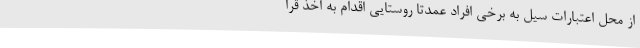
از محل اعتبارات سیل به برخی افراد عمدتاً روستایی اقدام به اخذ قرا